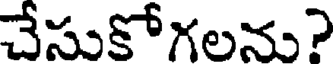
చేసుకోగలను?